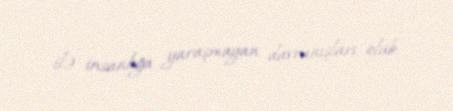
ilə insanlığa yaraşmayan davranışları olub.